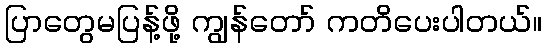
ပြာတွေမပြန့်ဖို့ ကျွန်တော် ကတိပေးပါတယ်။